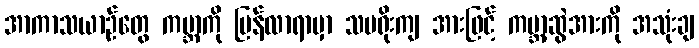
အာကာသယာဉ်တွေ ကမ္ဘာကို ပြန်လာရာမှာ သမရိုးကျ အားဖြင့် ကမ္ဘာ့ဆွဲအားကို အသုံးချ